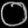
Digit: ၀